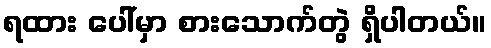
ရထား ပေါ်မှာ စားသောက်တွဲ ရှိပါတယ်။